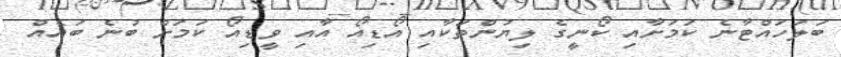
ބަލަހައްޓާނެ ކަމަށާއި ކޯނީގެ ލިޔުންތަކާއި އޯޑިއޯ އާއި ވީޑިއޯ ކަމަށް ބުނެ ބައެއް